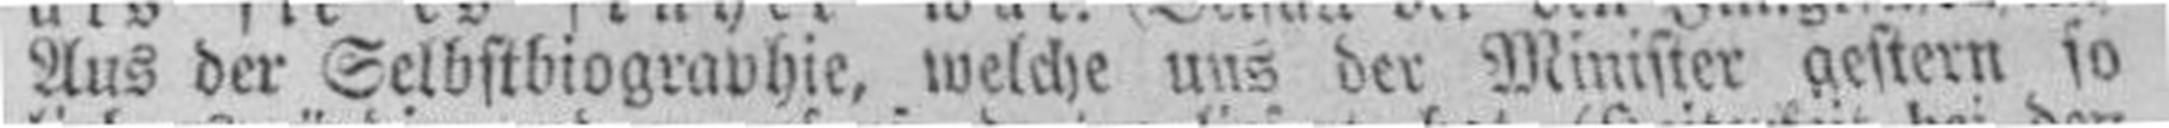
Aus der Selbsthiogravhie, welche uns der Minister gestern so